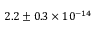
2 . 2 \pm { 0 . 3 } \times 1 0 ^ { - 1 4 }